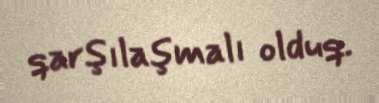
qarşılaşmalı olduq.